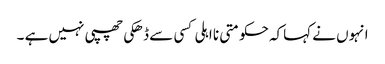
انہوں نے کہاکہ حکومتی نا اہلی کسی سے ڈھکی چھپی نہیں ہے ۔